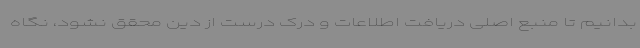
بدانیم تا منبع اصلی دریافت اطلاعات و درک درست از دین محقق نشود، نگاه